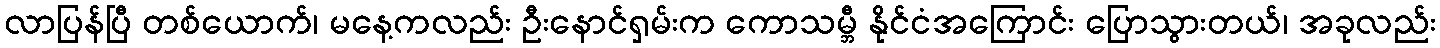
လာပြန်ပြီ တစ်ယောက်၊ မနေ့ကလည်း ဦးနောင်ရှမ်းက ကောသမ္ဘီ နိုင်ငံအကြောင်း ပြောသွားတယ်၊ အခုလည်း